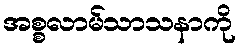
အစ္စလာမ်သာသနာကို